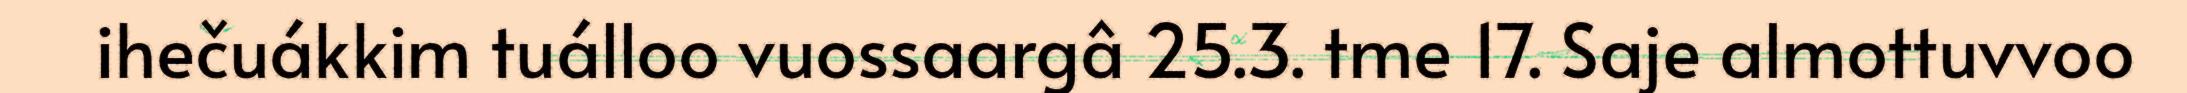
ihečuákkim tuálloo vuossaargâ 25.3. tme 17. Saje almottuvvoo